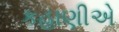
કહાણીએ